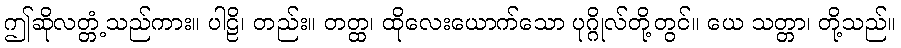
ဤဆိုလတ္တံ့သည်ကား။ ပါဠိ၊ တည်း။ တတ္ထ၊ ထိုလေးယောက်သော ပုဂ္ဂိုလ်တို့တွင်။ ယေ သတ္တာ၊ တို့သည်။